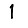
Digit: 1